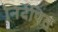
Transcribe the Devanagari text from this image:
निर्देषित